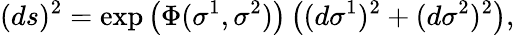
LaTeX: (ds)^{2}=\exp\left(\Phi(\sigma^{1},\sigma^{2})\right)\left((d\sigma^{1})^{2}+(d\sigma^{2})^{2}\right),